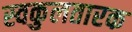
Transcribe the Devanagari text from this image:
स्वकुलतारक